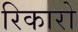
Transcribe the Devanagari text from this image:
रिकारो